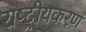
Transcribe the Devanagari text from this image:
राष्‍ट्रीयकरण